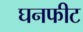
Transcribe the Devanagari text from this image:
घनफीट